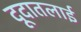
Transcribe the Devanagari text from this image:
दूदातलाई